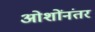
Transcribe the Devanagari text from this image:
ओशोंनंतर